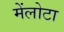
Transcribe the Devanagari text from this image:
मेंलोटा